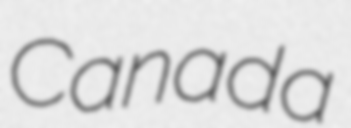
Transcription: Canada